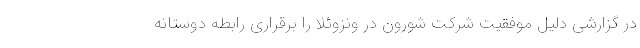
در گزارشی دلیل موفقیت شرکت شورون در ونزوئلا را برقراری رابطه دوستانه